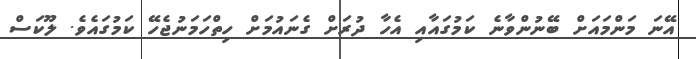
އޭނަ މަންމައަށް ބޭނުންވާނެ ކަމުގައާއި އެހާ ދުރަށް ގެނައުމަށް ހިތްހަމަނުޖެހޭ ކަމުގައެވެ. ލޫކަސް